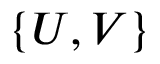
\{ U , V \}